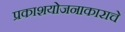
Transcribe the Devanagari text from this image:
प्रकाशयोजनाकाराचे